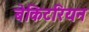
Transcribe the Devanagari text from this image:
बेकिटरियन